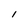
Character: 1